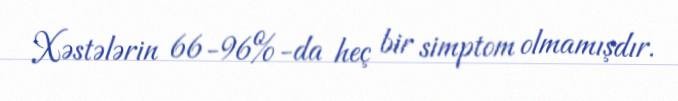
Xəstələrin 66-96%-da heç bir simptom olmamışdır.